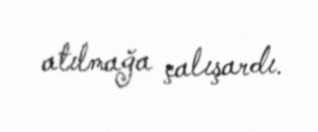
atılmağa çalışardı.